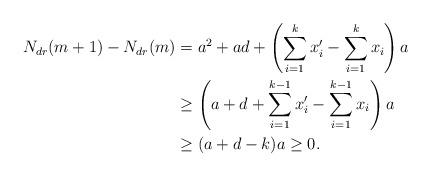
LaTeX: \begin{align*}N_{dr}(m+1)-N_{dr}(m)&=a^2+ad+\left(\sum_{i=1}^kx_i^{\prime}-\sum_{i=1}^kx_i\right)a\\& \geq\left(a+d+\sum_{i=1}^{k-1}x_i^{\prime}-\sum_{i=1}^{k-1}x_i\right)a\\& \geq(a+d-k)a\geq 0.\end{align*}